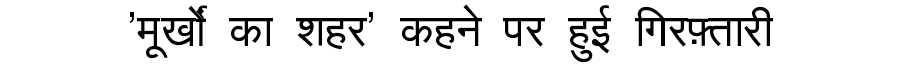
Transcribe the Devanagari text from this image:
'मूर्खों का शहर' कहने पर हुई गिरफ़्तारी